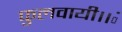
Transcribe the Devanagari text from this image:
फुलवायी।।ं